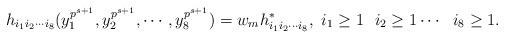
LaTeX: \begin{align*}h_{i_1i_2\cdots i_8}(y_1^{p^{s+1}},y_2^{p^{s+1}},\cdots, y_8^{p^{s+1}})=w_mh_{i_1i_2\cdots i_8}^{*},\ i_1\geq1 \ \ i_2\geq1\cdots \ \ i_8\geq1.\end{align*}